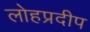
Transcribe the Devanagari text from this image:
लोहप्रदीप